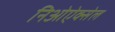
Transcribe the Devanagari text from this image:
निओऐक्सेल